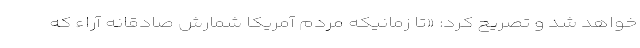
خواهد شد و تصریح کرد: «تا زمانیکه مردم آمریکا شمارش صادقانه آراء که